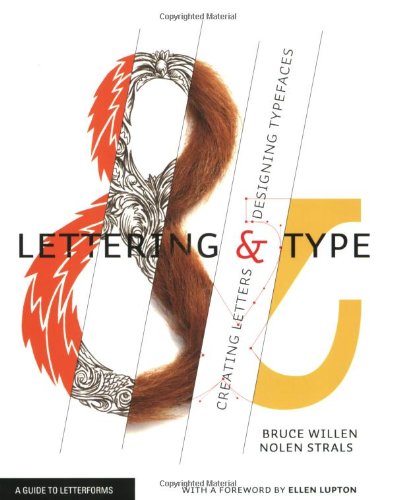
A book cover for Lettering & Type: Creating Letters and Designing Typefaces; Bruce Willen; Arts & Photography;